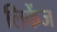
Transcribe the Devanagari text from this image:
लिकेंज